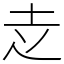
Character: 赱